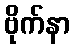
ဗိုက်နာ